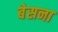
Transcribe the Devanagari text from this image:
बेसना